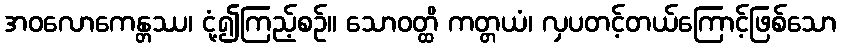
အဝလောကေန္တဿ၊ ငုံ့၍ကြည့်စဉ်။ သောဝတ္ထိ ကတ္တယံ၊ လှပတင့်တယ်ကြောင့်ဖြစ်သော